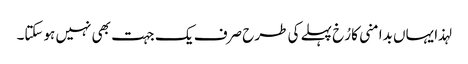
لہذا یہاں بدامنی کا رُخ پہلے کی طرح صرف یک جہت بھی نہیں ہوسکتا۔